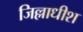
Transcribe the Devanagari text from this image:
जिल्लाधीश